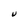
Character: U